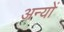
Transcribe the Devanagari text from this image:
अन्‍यों